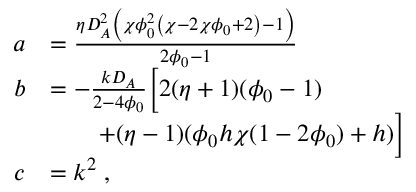
\begin{array} { r l } { a } & { = \frac { \eta D _ { A } ^ { 2 } \left( \chi \phi _ { 0 } ^ { 2 } \left( \chi - 2 \chi \phi _ { 0 } + 2 \right) - 1 \right) } { 2 \phi _ { 0 } - 1 } } \\ { b } & { = - \frac { k D _ { A } } { 2 - 4 \phi _ { 0 } } \Bigl [ 2 ( \eta + 1 ) ( \phi _ { 0 } - 1 ) } \\ & { \qquad + ( \eta - 1 ) ( \phi _ { 0 } h \chi ( 1 - 2 \phi _ { 0 } ) + h ) \Bigr ] } \\ { c } & { = k ^ { 2 } \; , } \end{array}